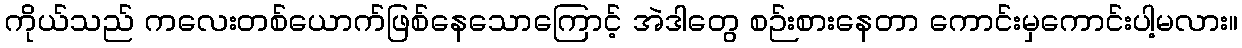
ကိုယ်သည် ကလေးတစ်ယောက်ဖြစ်နေသောကြောင့် အဲဒါတွေ စဉ်းစားနေတာ ကောင်းမှကောင်းပါ့မလား။